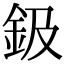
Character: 鈒